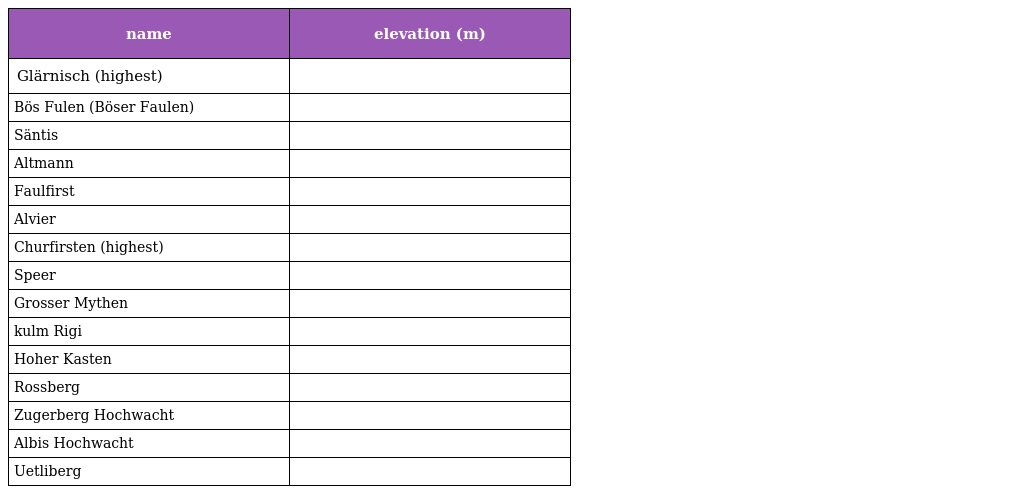
| name | elevation (m) |
 | --- | --- |
 | Glärnisch (highest) |  |
 | Bös Fulen (Böser Faulen) |  |
 | Säntis |  |
 | Altmann |  |
 | Faulfirst |  |
 | Alvier |  |
 | Churfirsten (highest) |  |
 | Speer |  |
 | Grosser Mythen |  |
 | kulm Rigi |  |
 | Hoher Kasten |  |
 | Rossberg |  |
 | Zugerberg Hochwacht |  |
 | Albis Hochwacht |  |
 | Uetliberg |  |